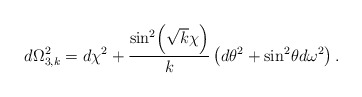
\begin{align*}d\Omega_{3,k}^2 = d\chi ^2 +\frac{\sin^2\! \left( \sqrt{k}\chi\right)}{k} \left( d\theta ^2 + \sin^2 \!\theta d\omega^2\right).\end{align*}